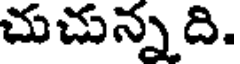
చుచున్నది.